Vaccination in Bombay 1856-1862 - 1856-1862
Year: 1856
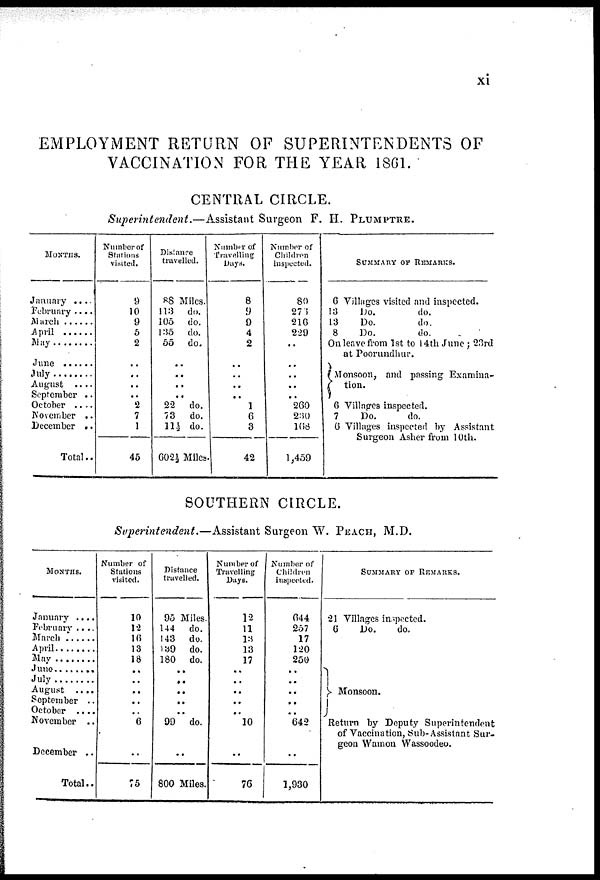
xi
EMPLOYMENT RETURN OF SUPERINTENDENTS OF
VACCINATION FOR THE YEAR 1861.
CENTRAL CIRCLE.
Superintendent.—Assistant Surgeon F. H. PLUMPTRE.
MONTHS.
January ....
February ....
March ......
April ......
May
........
June ......
July
.......
August ....
September ..
October ....
November ..
December ..
Total..
Number of
Stations
visited.
9
10
9
5
2
..
..
..
..
2
7
1
45
Distance
travelled.
88 Miles.
113
do.
105
do.
135
do.
55
do.
..
..
..
..
22
do.
73
do.
11½ do.
602½ Miles.
Number of
Travelling
Days.
8
9
9
4
2
..
..
..
..
1
6
3
42
Number of
Children
inspected.
80
273
216
229
..
..
..
..
..
260
230
168
1,459
SUMMARY OF REMARKS.
6 Villages visited and inspected.
13
Do.
do.
13
Do.
do.
8
Do.
do.
On leave from 1st to 14th June ; 23rd
at Poorundhur.
Monsoon, and passing Examina¬
tion.
6 Villages inspected.
7
Do.
do.
6 Villages inspected by Assistant
Surgeon Asher from 10th.
SOUTHERN CIRCLE.
Superintendent.—Assistant Surgeon W. PEACH, M.D.
MONTHS.
January ....
February ....
March ......
April .........
May ........
June ......
July
......
August
....
September ..
October
....
November
..
December ..
Total..
Number of
Stations
visited.
10
12
16
13
18
..
..
..
..
..
6
..
75
Distance
travelled.
95 Miles.
144
do.
143
do.
139
do.
180
do.
..
..
..
..
..
99
do.
..
800 Miles.
Number of
Travelling
Days.
12
11
13
13
17
..
..
..
..
..
10
..
76
Number of
Children
inspected.
644
257
17
120
250
..
..
..
..
..
642
..
1,930
SUMMARY OF REMARKS.
21 Villages inspected.
6
Do.
do.
Monsoon.
Return by Deputy Superintendent
of Vaccination, Sub-Assistant Sur-
geon Wamon Wassoodeo.